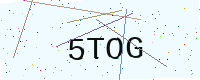
Text: 5TOG